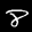
Label: 8